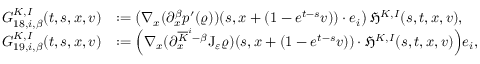
\begin{array} { r l } { G _ { 1 8 , i , \beta } ^ { K , I } ( t , s , x , v ) } & { : = \left( \nabla _ { x } ( \partial _ { x } ^ { \beta } p ^ { \prime } ( \varrho ) ) ( s , x + ( 1 - e ^ { t - s } v ) ) \cdot e _ { i } \right) \mathfrak { H } ^ { K , I } ( s , t , x , v ) , } \\ { G _ { 1 9 , i , \beta } ^ { K , I } ( t , s , x , v ) } & { : = \Big ( \nabla _ { x } ( \partial _ { x } ^ { \overline { { K } } ^ { i } - \beta } \mathrm { J } _ { \varepsilon } \varrho ) ( s , x + ( 1 - e ^ { t - s } v ) ) \cdot \mathfrak { H } ^ { K , I } ( s , t , x , v ) \Big ) e _ { i } , } \end{array}